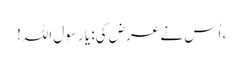
، اُس نے عرض کی: یا رسول اللہ!